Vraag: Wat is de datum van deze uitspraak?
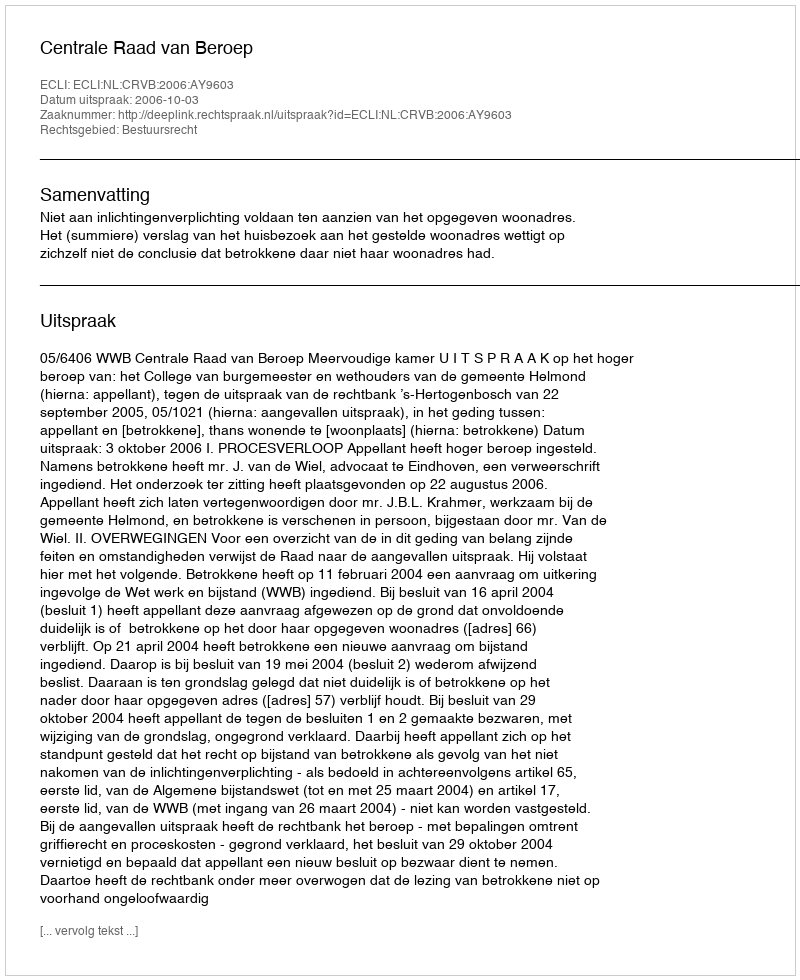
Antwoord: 2006-10-03